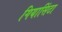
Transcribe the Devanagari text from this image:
गियासिंटा